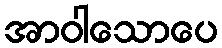
အာဝါသောပေ